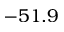
- 5 1 . 9